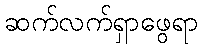
ဆက်လက်ရှာဖွေရာ